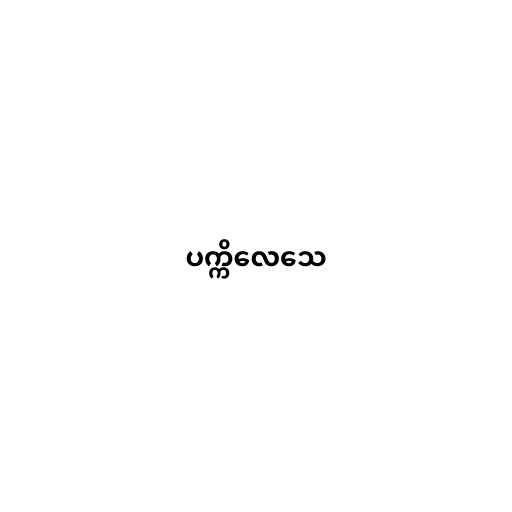
ပက္ကိလေသေ